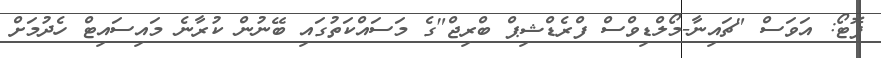
ފޮޓޯ: އަވަސް "ޗައިނާ-މޯލްޑިވްސް ފްރެޑްޝިޕް ބްރިޖް"ގެ މަސައްކަތުގައި ބޭނުން ކުރާނެ މައިސައިޓް ހެދުމަށް